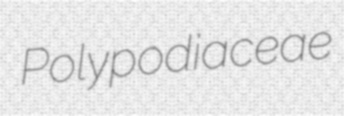
Polypodiaceae